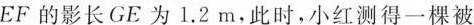
EF的影长GE为1.2m，此时，小红测得一棵被